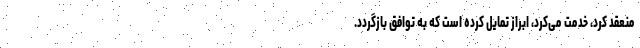
منعقد کرد، خدمت می‌کرد، ابراز تمایل کرده است که به توافق بازگردد.